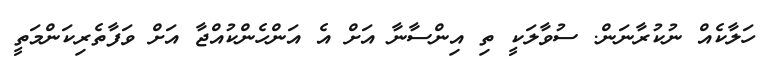
ހަލާކެއް ނުކުރާނަން. ސުވާލަކީ ތި އިންސާނާ އަށް އެ އަންހެންކުއްޖާ އަށް ވަފާތެރިކަންމަތީ